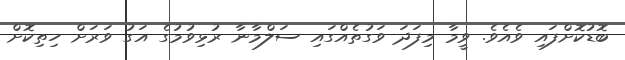
ބޮޑުކޮށްފައި ވެއެވެ. ވީމާ މިފަދަ ވަގުތެއްގައި ސަލްމާނާ ރުޅިވުމުގެ އަގު ވަރަށް ހިތިކޮށް